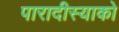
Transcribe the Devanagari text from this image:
पारादीस्याको